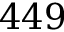
4 4 9